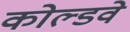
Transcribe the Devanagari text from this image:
कोल्डवे